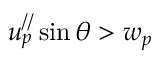
u _ { p } ^ { / / } \sin \theta > w _ { p }